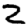
Digit: 2